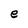
Character: e